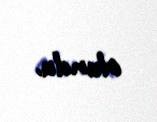
olundu.